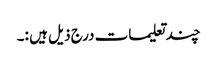
چند تعلیمات درج ذیل ہیں :۔